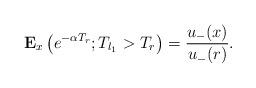
LaTeX: \begin{align*}\mathbf{E}_x\left(e^{-\alpha T_{r}}; T_{l_1}>T_{r} \right)=\frac{u_-(x)}{u_-(r)}. \end{align*}